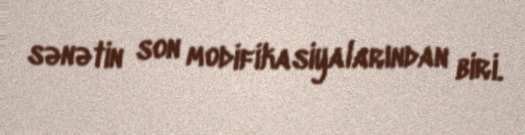
sənətin son modifikasiyalarından biri.